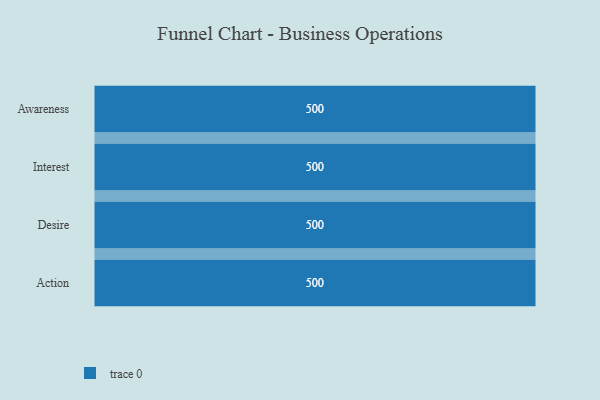
{"axis": {"x": "Stage", "y": "Value"}, "legend": [""], "data": [{"x": "Awareness", "y": 500, "type": ""}, {"x": "Interest", "y": 500, "type": ""}, {"x": "Desire", "y": 500, "type": ""}, {"x": "Action", "y": 500, "type": ""}]}